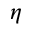
\eta